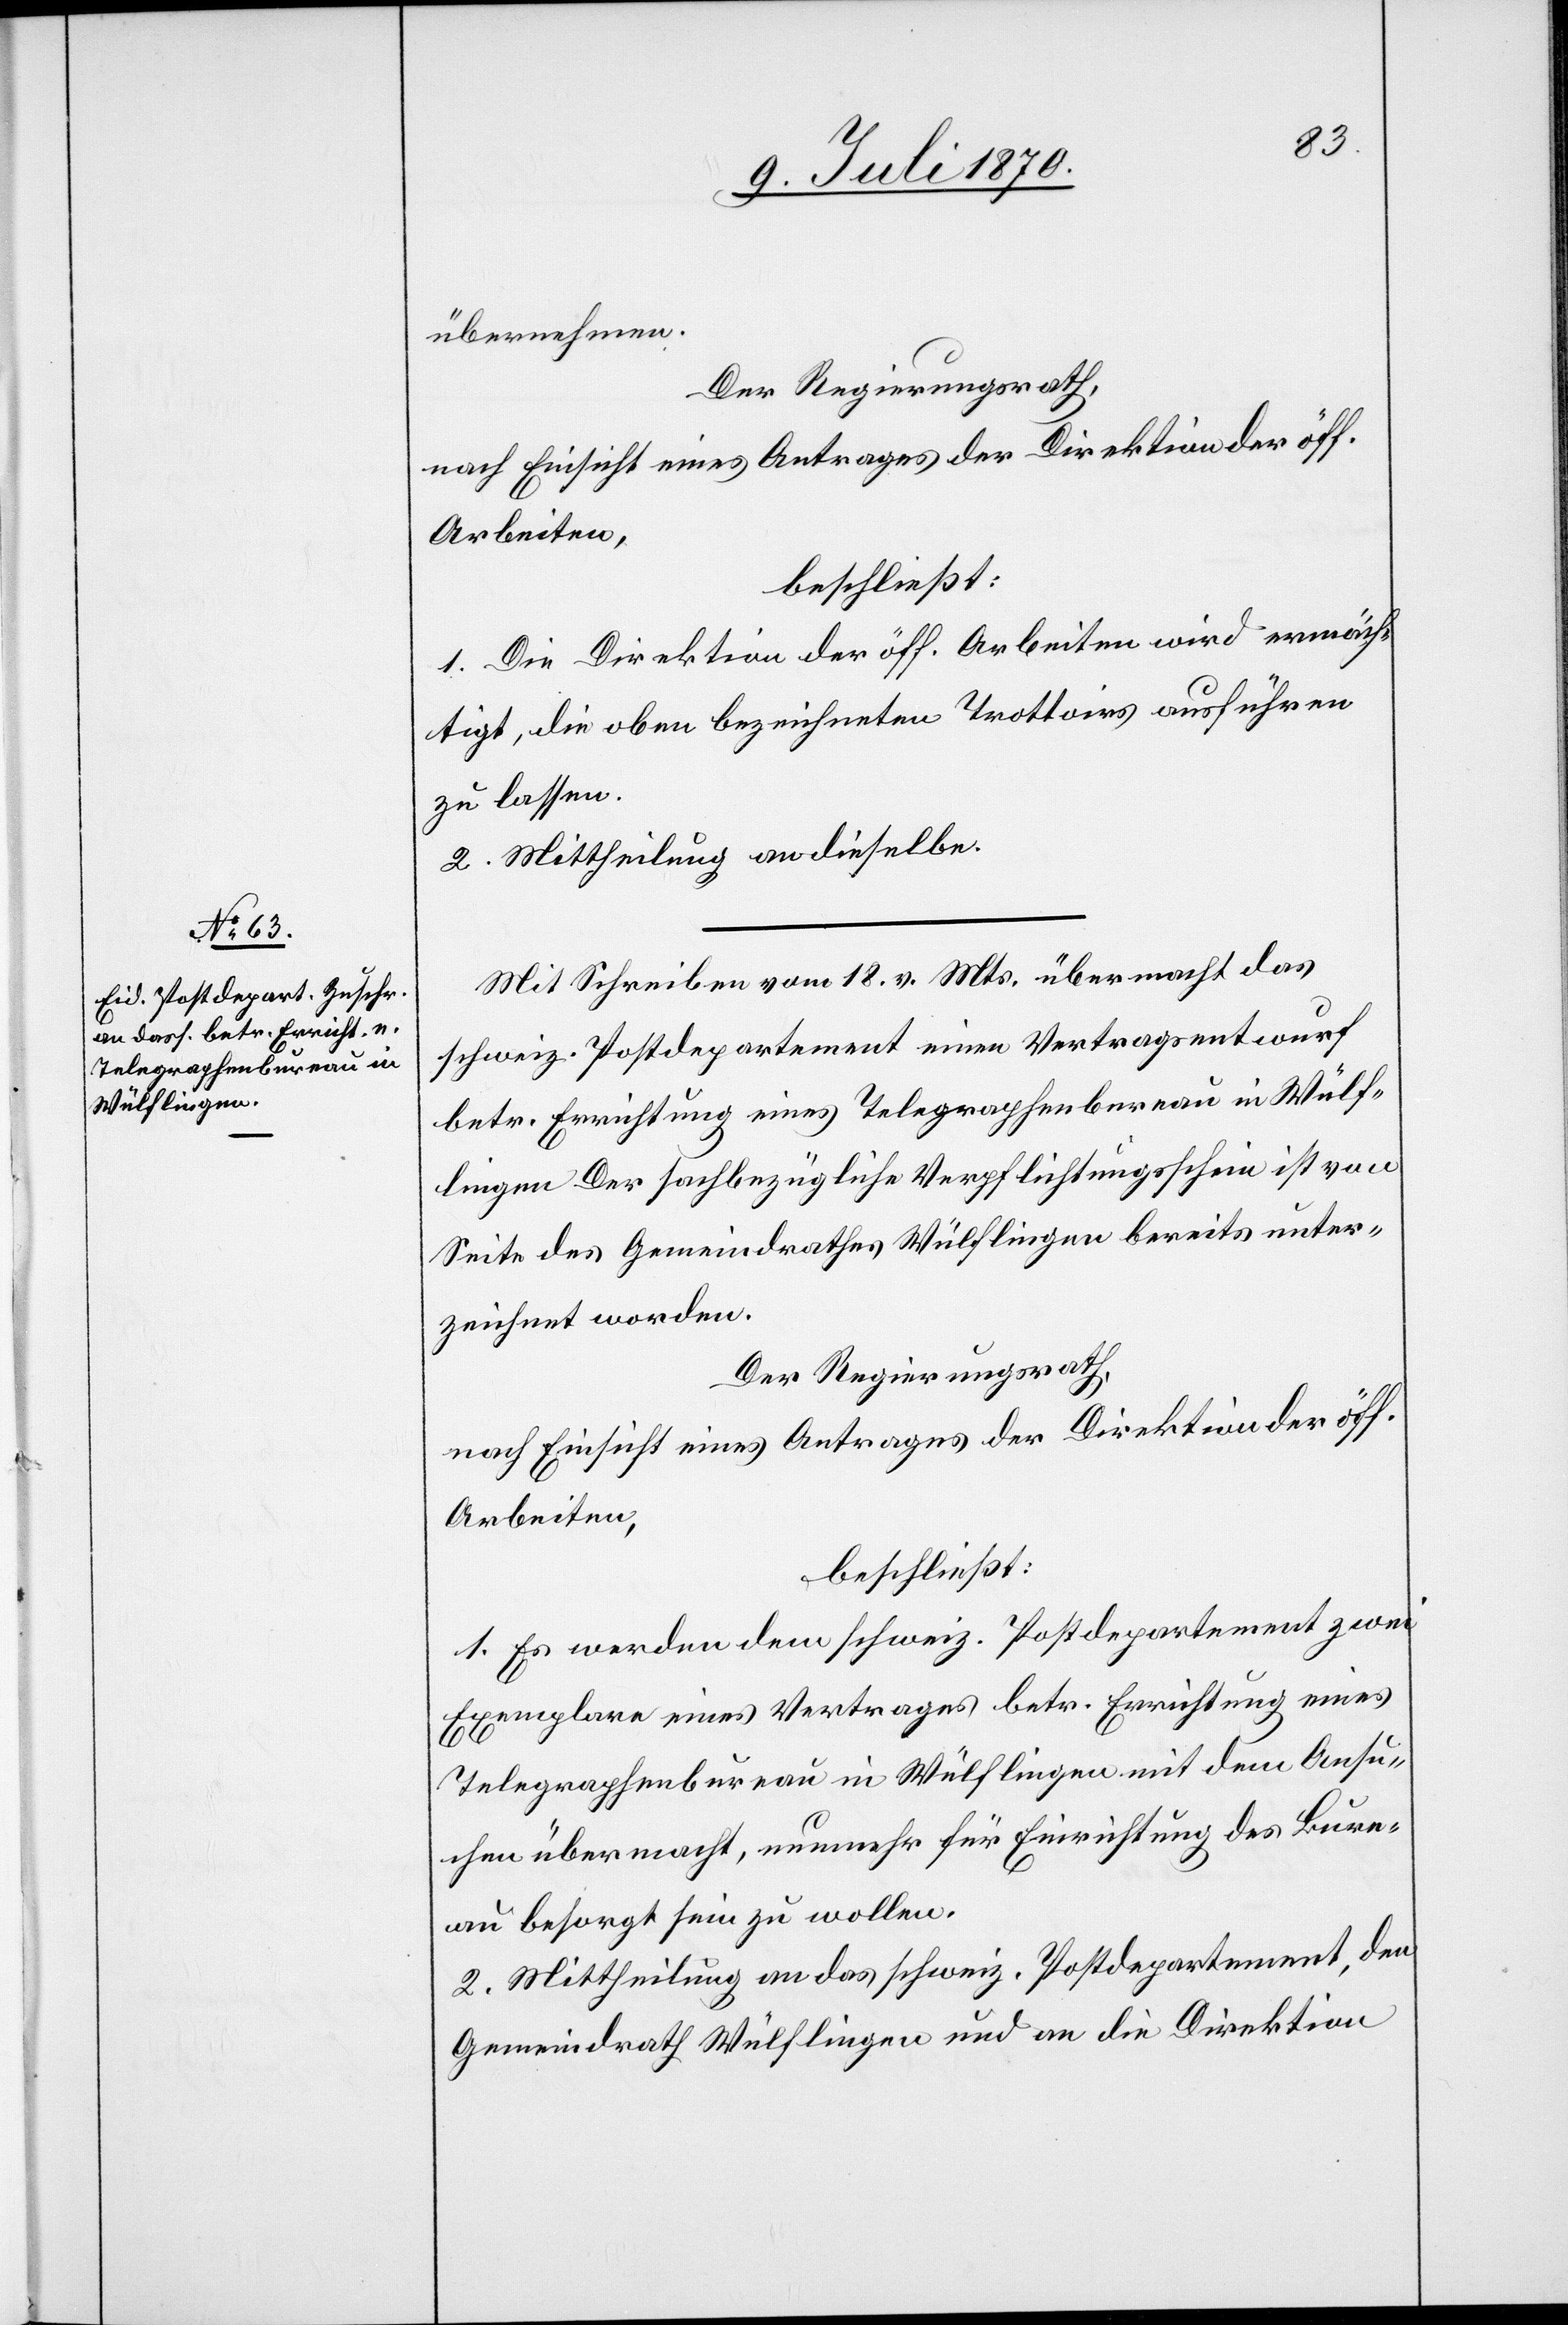
übernehmen.
Der Regierungsrath,
nach Einsicht eines Antrages der Direktion der öff.
Arbeiten,
beschließt:
1. Die Direktion der öff. Arbeiten wird ermäch¬
tigt, die oben bezeichneten Trottoirs ausführen
zu lassen.
2. Mittheilung an dieselbe.
Mit Schreiben vom 18. v. Mts. übermacht das
schweiz. Postdepartement einen Vertragsentwurf
betr. Errichtung eines Telegraphenbureau in Wülf¬
lingen. Der sachbezügliche Verpflichtungsschein ist von
Seite des Gemeindrathes Wülflingen bereits unter¬
zeichnet worden.
Der Regierungsrath
nach Einsicht eines Antrages der Direktion der öff.
Arbeiten,
beschließt:
1. Es werden dem schweiz. Postdepartement zwei
Exemplare eines Vertrages betr. Errichtung eines
Telegraphenbureau in Wülflingen mit dem Ansu¬
chen übermacht, nunmehr für Einrichtung des Bure¬
au besorgt sein zu wollen.
2. Mittheilung an das schweiz. Postdepartement, den
Gemeindrath Wülflingen und an die Direktion